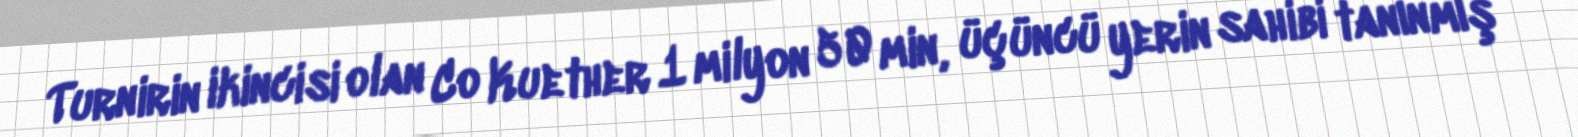
Turnirin ikincisi olan Co Kuether 1 milyon 50 min, üçüncü yerin sahibi tanınmış